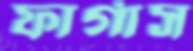
ফার্গাস